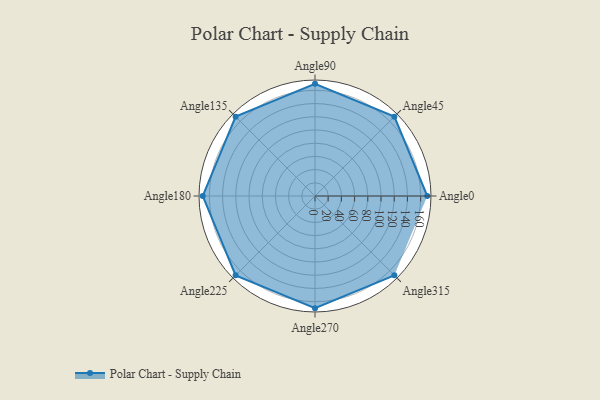
{"axis": {"x": "Angle", "y": "Radius"}, "legend": [""], "data": [{"x": "Angle0", "y": 170, "type": ""}, {"x": "Angle45", "y": 170, "type": ""}, {"x": "Angle90", "y": 170, "type": ""}, {"x": "Angle135", "y": 170, "type": ""}, {"x": "Angle180", "y": 170, "type": ""}, {"x": "Angle225", "y": 170, "type": ""}, {"x": "Angle270", "y": 170, "type": ""}, {"x": "Angle315", "y": 170, "type": ""}]}